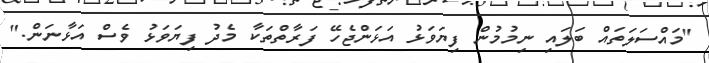
"މައްސަލަތައް ބަލައި ނިމުމުން ފިޔަވަޅު އަޅަންޖެހޭ ފަރާތްތަކާ މެދު ފިޔަވަޅު ވެސް އަޅާނަން."